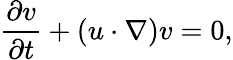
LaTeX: \frac{\partial v}{\partial t}+(u\cdot\nabla)v=0,